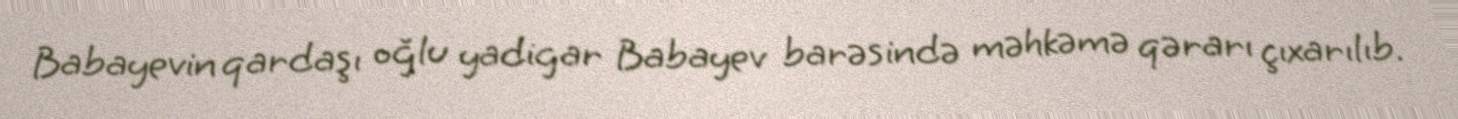
Babayevin qardaşı oğlu yadigar Babayev barəsində məhkəmə qərarı çıxarılıb.